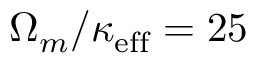
\Omega _ { m } / \kappa _ { \mathrm { e f f } } = 2 5